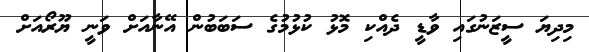
މިދިޔަ ސީޒަނުގައި ވާޑީ ދެއްކި މޮޅު ކުޅުމުގެ ސަބަބުން އޭނާއަށް ވަނީ ޔޫރޯއަށް